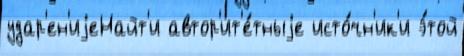
удар'ен'иjеНайт'и автор'ит'е́тныjе исто́чн'ик'и э́той